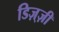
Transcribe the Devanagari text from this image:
डिज़्ज़ी